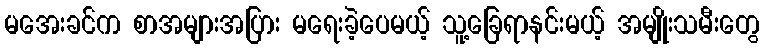
မအေးခင်က စာအများအပြား မရေးခဲ့ပေမယ့် သူ့ခြေရာနင်းမယ့် အမျိုးသမီးတွေ